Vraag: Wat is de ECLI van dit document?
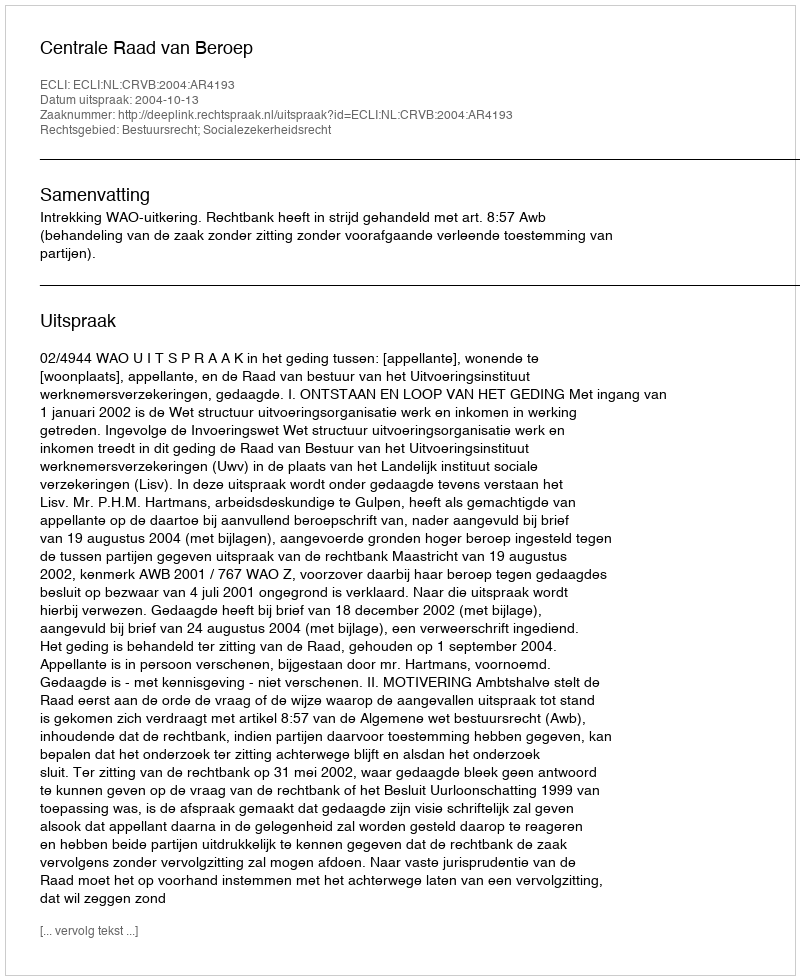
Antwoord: ECLI:NL:CRVB:2004:AR4193